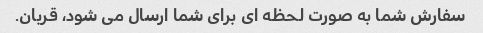
سفارش شما به صورت لحظه ای برای شما ارسال می شود، قربان.